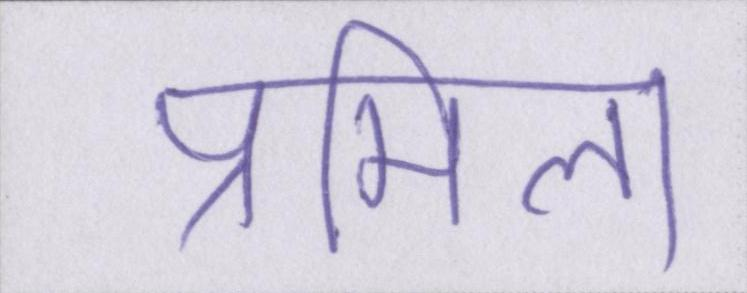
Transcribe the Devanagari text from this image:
प्रमिला